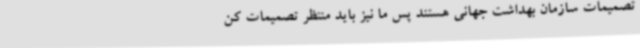
تصمیمات سازمان بهداشت جهانی هستند پس ما نیز باید منتظر تصمیمات کن